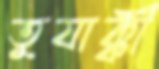
তুযাক্কী